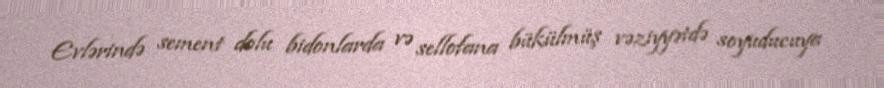
Evlərində sement dolu bidonlarda və sellofana bükülmüş vəziyyətdə soyuducuya